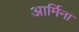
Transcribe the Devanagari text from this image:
आर्मिना